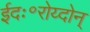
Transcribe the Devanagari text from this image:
ईदः॰रोय्दोन्